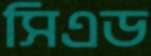
সিএড